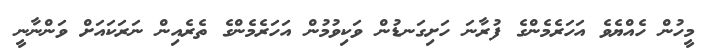
މީހުން ހެއްޔެވެ އަހަރެމެންގެ ފުރާނަ ހަށިގަނޑުން ވަކިވުމުން އަހަރެމެންގެ ތެރެއިން ނަރަކައަށް ވަންނާނީ